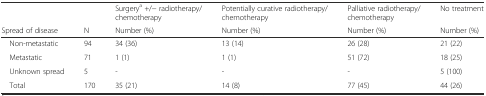
<table><thead><tr><td></td><td></td><td><b>Surgery<sup>a</sup> +/− radiotherapy/chemotherapy</b></td><td><b>Potentially curative radiotherapy/chemotherapy</b></td><td><b>Palliative radiotherapy/chemotherapy</b></td><td><b>No treatment</b></td></tr><tr><td><b>Spread of disease</b></td><td><b>N</b></td><td><b>Number (%)</b></td><td><b>Number (%)</b></td><td><b>Number (%)</b></td><td><b>Number (%)</b></td></tr></thead><tbody><tr><td> Non-metastatic</td><td>94</td><td>34 (36)</td><td>13 (14)</td><td>26 (28)</td><td>21 (22)</td></tr><tr><td> Metastatic</td><td>71</td><td>1 (1)</td><td>1 (1)</td><td>51 (72)</td><td>18 (25)</td></tr><tr><td> Unknown spread</td><td>5</td><td>-</td><td>-</td><td>-</td><td>5 (100)</td></tr><tr><td> Total</td><td>170</td><td>35 (21)</td><td>14 (8)</td><td>77 (45)</td><td>44 (26)</td></tr></tbody></table>